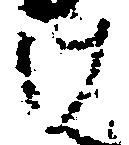
け